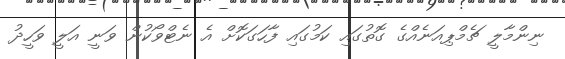
ނިންމާލީ ޗެމްޕިއަނެއްގެ ގޮތުގައި ކަމުގައި ފާހަގަކޮށް އެ ނެޓްވޯކުން ވަނީ އަލީ ވަހީދު